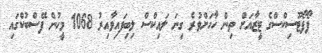
ފޯފޯޓޫސިކްސްގެ ޓީޒާއަށް ތިން ހާހަށްވުރެ ގިނަ ލައިކްސް ލިބިފައިވާއިރު 1068 މީހުން ފޭސްބުކްގައި